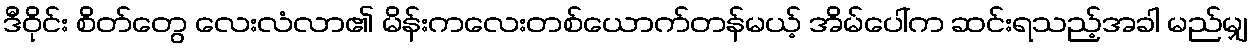
ဒီဝိုင်း စိတ်တွေ လေးလံလာ၏ မိန်းကလေးတစ်ယောက်တန်မယ့် အိမ်ပေါ်က ဆင်းရသည့်အခါ မည်မျှ